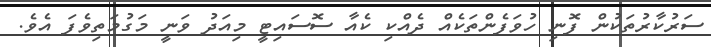
ސަރުކާރުތަކުން ފޮނި ހުވަފެންތަކެއް ދެއްކި ކެއާ ސޮސައިޓީ މިއަދު ވަނީ މަގުމަތިވެފަ އެވެ.